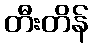
တီးတိန်